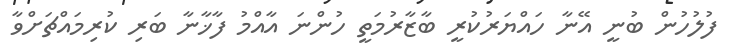
ފުލުހުން ބުނީ އޭނާ ހައްޔަރުކުރީ ބާޒާރުމަތީ ހުންނަ އާއްމު ފާޚާނާ ބަރި ކުރިމައްޗަށްވާ